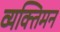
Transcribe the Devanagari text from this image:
व्यक्तिमन